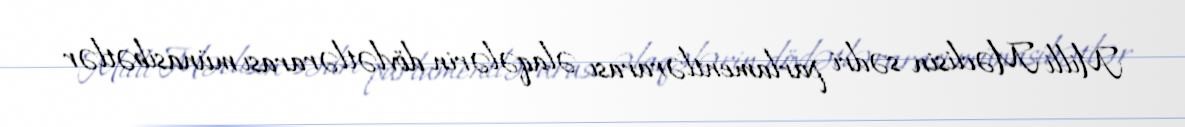
Milli Məclisin sədri parlamentlərarası əlaqələrin dövlətlərarası münasibətlər